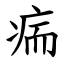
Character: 㾍